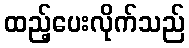
ထည့်ပေးလိုက်သည်